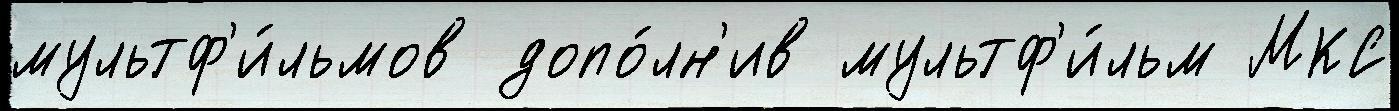
мультф'и́льмов допо́лн'ив мультф'и́льм МКС